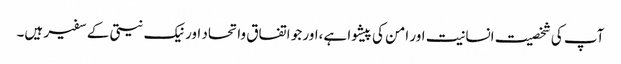
آپ کی شخصیت انسانیت اور امن کی پیشوا ہے،اور جو اتفاق واتحاد اور نیک نیتی کے سفیر ہیں۔